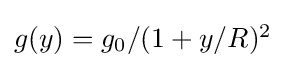
{\textstyle g(y)=g_{0}/(1+y/R)^{2}}